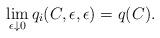
LaTeX: \begin{align*}\lim_{\epsilon \downarrow 0} q_i(C,\epsilon,\epsilon) = q(C).\end{align*}